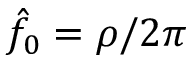
\hat { f } _ { 0 } = \rho / 2 \pi